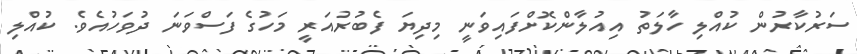
ސަރުކާރުން ކުއްލި ހާލަތު އިއުލާންކޮށްފައިވަނީ މިދިޔަ ފެބުރުއަރީ މަހުގެ ފަސްވަނަ ދުވަހުއެވެ. ކުއްލި